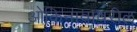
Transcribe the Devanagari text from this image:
ओकिनावावरील